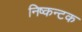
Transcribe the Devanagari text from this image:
निष्कन्टक